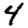
Digit: 4